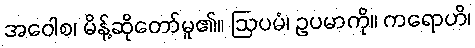
အဝေါစ၊ မိန့်ဆိုတော်မူ၏။ ဩပမံ၊ ဥပမာကို။ ကရောဟိ၊